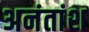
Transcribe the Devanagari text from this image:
अनंतांश